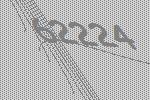
62224